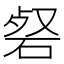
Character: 𮀜